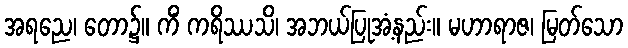
အရညေ၊ တော၌။ ကိံ ကရိဿသိ၊ အဘယ်ပြုအံ့နည်း။ မဟာရာဇ၊ မြတ်သော